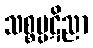
သစ္စပ္ပဋိညာ